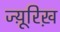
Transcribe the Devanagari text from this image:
ज्यू़रिख़